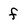
Character: f